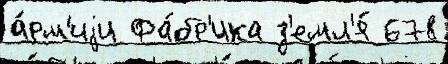
а́рм'иjи Фа́бр'ика з'емл'я́ 678